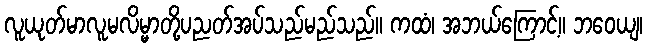
လူယုတ်မာလူမလိမ္မာတို့ပညတ်အပ်သည်မည်သည်။ ကထံ၊ အဘယ်ကြောင့်။ ဘဝေယျ၊